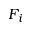
F _ { i }